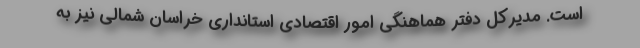
است. مدیرکل دفتر هماهنگی امور اقتصادی استانداری خراسان شمالی نیز به